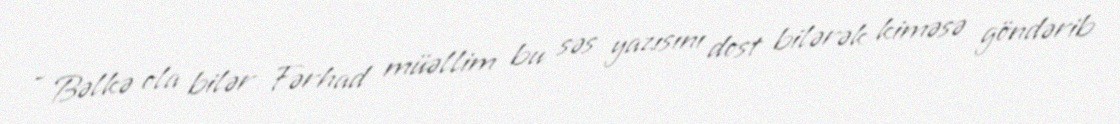
- Bəlkə ola bilər Fərhad müəllim bu səs yazısını dost bilərək kiməsə göndərib